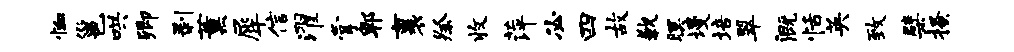
恤邕哄卿剥薰犀信濯掌郫裹祭收萍必四故歉暝墁培翠溉恬英致檗搔